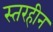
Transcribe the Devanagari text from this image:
स्तरहीन